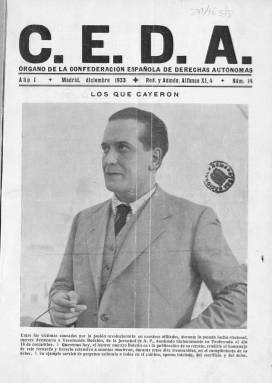
Título: C.E.D.A. (Madrid)
Otros títulos: Confederación Española de Derechas Autónomas || CEDA
Colección: Conservadurismo || Política
Ámbito geográfico: Madrid
Lugar de publicación: Madrid
Fechas: 01/12/1933-31/12/1935

Revista inicialmente de periodicidad quincenal que fue el órgano de la Confederación Española de Derechas Autónomas (CEDA), la principal formación política de derecha de la II República. La colección de la Biblioteca Nacional de España de esta publicación no está completa. Comienza con el número 14 de diciembre de 1933 y concluye con el 55 de diciembre de 1935. Es previsible que se publicara algún número más antes del inicio de la Guerra Civil en julio de 1936.

   La revista, cuya paginación variaba, aunque raramente pasaba de las 24 páginas, acabó teniendo una periodicidad mensual en sus últimos números. El primer número que posee la BNE es el que sigue a las elecciones de noviembre de 1933 que dieron la victoria al centro derecha, siendo la CEDA la formación más votada.

   La CEDA se constituyó a partir de Acción Popular, partido fundado por Ángel Herrera Oria, director del periódico católico El Debate, y aglutinó a formaciones políticas regionales conservadoras como la Derecha Regional Valenciana o la Unión Castellana Agraria. El ideario de la CEDA se resumía en la defensa de la religión, la familia y la propiedad. Su rama juvenil, las Juventudes de Acción Popular, tenía inclinaciones fascistas y muchos de sus integrantes pasaron a la Falange de José Antonio Primo de Rivera en 1936.

   La publicación daba cuenta de la vida interna de la CEDA y de las formaciones políticas que la integraban: asambleas, mítines, discusiones doctrinales, nombramientos, intervenciones parlamentarias, labor social y otras actividades.

   Son de destacar sus grandes fotografías de portada con los retratos de las figuras de la CEDA, es decir dirigentes de la Confederación o de los partidos que la formaban, así como cargos orgánicos, de los que se daba una semblanza biográfica.

   Como es lógico, el personaje que más ocupará la portada es el líder de la CEDA, José María Gil Robles, a quien se le llama el Jefe y del que se recogerán en ocasiones sus discursos en el Parlamento o en asambleas y mítines. Podemos ver su fotografía, por ejemplo, en el número de octubre de 1934 bajo el título: ‘El triunfo de una táctica’, refiriéndose a la represión de la llamada revolución de Asturias y a la entrada en el Gobierno de ministros de la CEDA.

   Gil Robles ocupará otra vez la portada de la publicación en mayo de 1935 con ocasión de entrar él mismo en el Gobierno como ministro de la Guerra, con otros cuatro ministros de la CEDA. Y de nuevo lo hará en diciembre de ese año, el último número que posee la BNE, en el que además puede leerse un artículo suyo sobre la crisis de Gobierno.

[Descripción publicada el 5/05/2023]